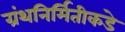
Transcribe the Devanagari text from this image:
ग्रंथनिर्मितीकडे